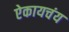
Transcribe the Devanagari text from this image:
ऐकायचंय